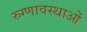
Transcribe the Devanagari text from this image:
रुग्णावस्थाओं